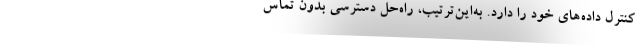
کنترل داده‌های خود را دارد. به‌این‌ترتیب، راه‌حل دسترسی بدون تماس